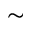
\mathrm { \sim }